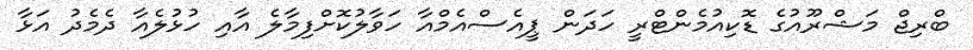
ބްރިޖް މަޝްރޫއުގެ ޑޮކިއުމެންޓްރީ ހަދަން ޕީއެސްއެމްއާ ހަވާލުކޮށްފިމާލެ އާއި ހުޅުލެއާ ދެމެދު އަޅާ